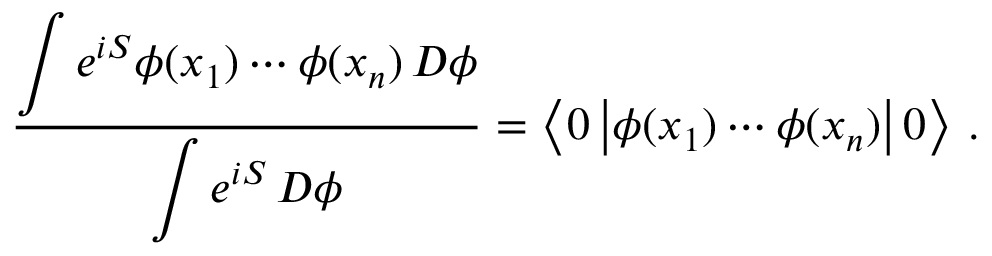
{ \frac { \displaystyle \int e ^ { i S } \phi ( x _ { 1 } ) \cdots \phi ( x _ { n } ) \, D \phi } { \displaystyle \int e ^ { i S } \, D \phi } } = \left\langle 0 \left| \phi ( x _ { 1 } ) \cdots \phi ( x _ { n } ) \right| 0 \right\rangle \, .